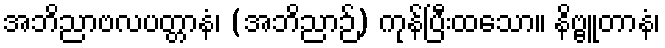
အဘိညာဗလပတ္တာနံ၊ (အဘိညာဉ်) ကုန်ပြီးထသော။ နိဗ္ဗူတာနံ၊